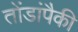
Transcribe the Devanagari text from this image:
तोंडांपैकी